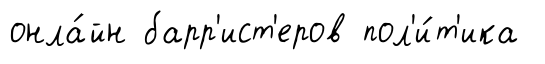
онла́йн барр'ист'еров пол'и́т'ика